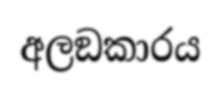
අලඞකාරය